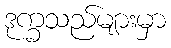
ဒုက္ခသည်များမှာ